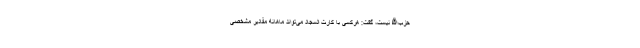
حزب‌الله نیست، گفت: هرکسی با کارت السجاد می‌تواند ماهانه مقادیر مشخصی